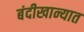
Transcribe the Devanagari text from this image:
बंदीखान्यात